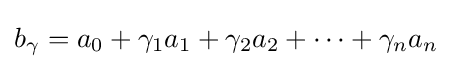
b_{\gamma }=a_{0}+\gamma _{1}a_{1}+\gamma _{2}a_{2}+\cdots +\gamma _{n}a_{n}